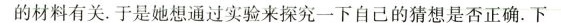
的材料有关。于是她想通过实验来探究一下自己的猜想是否正确。下